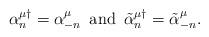
LaTeX: \begin{align*}\alpha_n ^{\mu\dagger} = \alpha_{-n}^\mu \,\,\, \mbox{and}\,\,\,\tilde{\alpha}_n ^{\mu\dagger} = \tilde{\alpha}^\mu _{-n}.\end{align*}